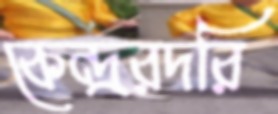
কেন্দ্ররদরি